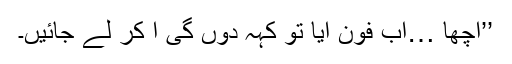
’’اچھا …اب فون آیا تو کہہ دوں گی آ کر لے جائیں۔